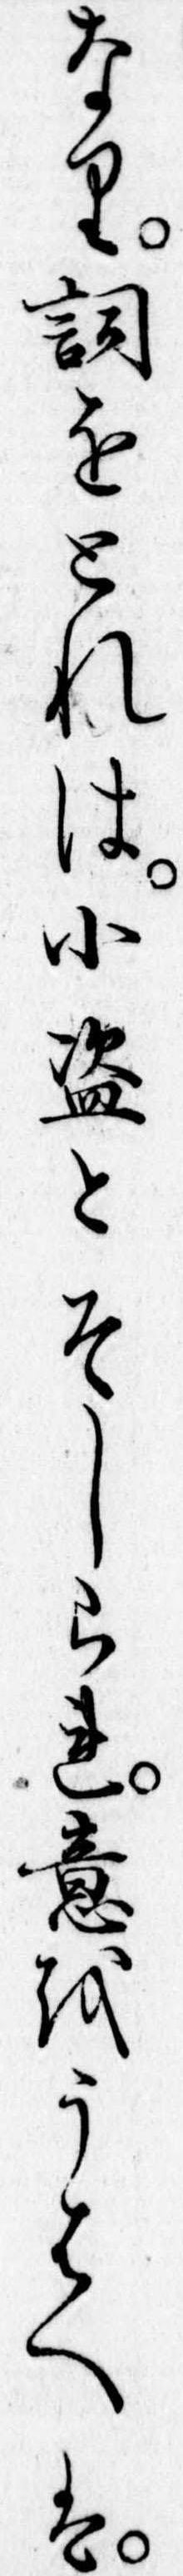
なり詞をとれは小盗とそしられ意をうはへは